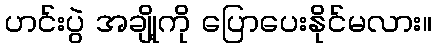
ဟင်းပွဲ အချို့ကို ပြောပေးနိုင်မလား။